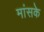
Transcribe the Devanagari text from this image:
मांसके